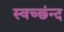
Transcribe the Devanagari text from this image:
स्वच्छंन्द